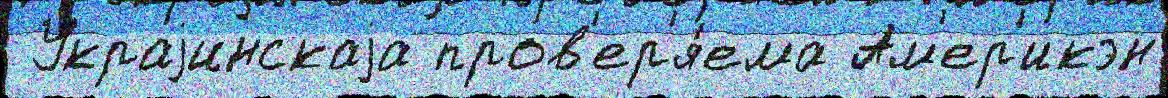
 Украjинскаjа пров'ер'я́ема Ам'ер'икэн